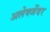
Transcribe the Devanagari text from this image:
अलेक्जेंदर